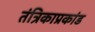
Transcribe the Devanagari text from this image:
तंत्रिकाप्रकांड